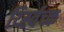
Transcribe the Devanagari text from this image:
र्य्स्विच्क